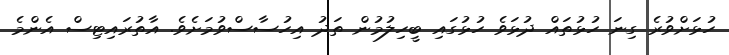
ހުޅަށްވުރެ ގިނަ ހުޅުތައް ދުޅަވެ ހުޅުގައި ބީހިލުމުން ތަދު އިހުސާސްވުމަށެވެ. އާތުރައިޓިސް އެންމެ